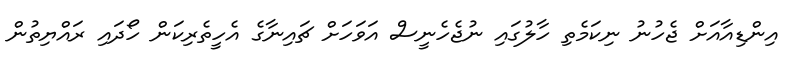
އިންޑިއާއަށް ޖެހުނު ނިކަމެތި ހާލުގައި ނުޖެހެނީސް އަވަހަށް ޗައިނާގެ އެހީތެރިކަން ހޯދައި ރައްޔިތުން